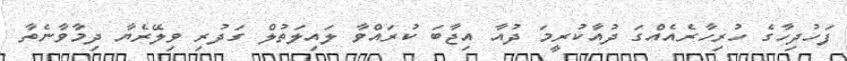
ފަހުދިހާގެ ހުރިހާރެއެއްގަ ދުއާކުރީމަ ދުއާ އިޖާބަ ކުރައްވާ ލައިލަތުލް ގަދުރި ވިލޭރެޔާ ދިމާވާނެތާ